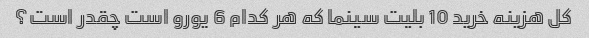
کل هزینه خرید 10 بلیت سینما که هر کدام 6 یورو است چقدر است؟